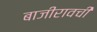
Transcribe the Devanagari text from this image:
बाजीरावची